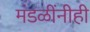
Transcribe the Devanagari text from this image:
मंडळींनीही